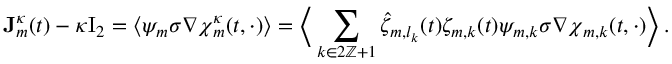
\mathbf { J } _ { m } ^ { \kappa } ( t ) - \kappa \ensuremath { \mathrm { I } _ { 2 } } = \bigl \langle \psi _ { m } \sigma \nabla { \boldsymbol { \chi } } _ { m } ^ { \kappa } ( t , \cdot ) \bigr \rangle = \biggl \langle \, \sum _ { k \in 2 \ensuremath { \mathbb { Z } } + 1 } \hat { \zeta } _ { m , l _ { k } } ( t ) \zeta _ { m , k } ( t ) \psi _ { m , k } \sigma \nabla { \boldsymbol { \chi } } _ { m , k } ( t , \cdot ) \biggr \rangle \, .